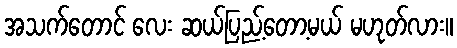
အသက်တောင် လေး ဆယ်ပြည့်တော့မယ် မဟုတ်လား။